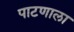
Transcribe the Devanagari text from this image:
पाटणाला